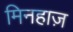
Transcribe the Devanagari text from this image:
मिनहाज़